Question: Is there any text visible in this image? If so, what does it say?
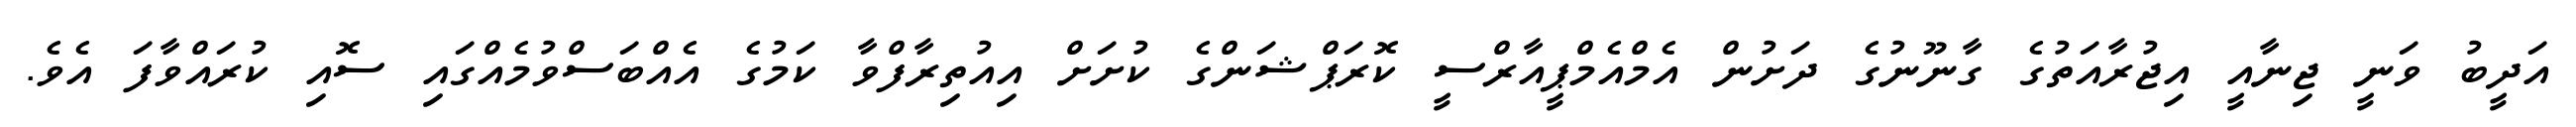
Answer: އަދީބު ވަނީ ޖިނާއީ އިޖުރާއަތުގެ ގާނޫނުގެ ދަށުން އެމްއެމްޕީއާރްސީ ކޮރަޕްޝަންގެ ކުށަށް އިއުތިރާފްވާ ކަމުގެ އެއްބަސްވުމެއްގައި ސޮއި ކުރައްވާފަ އެވެ.